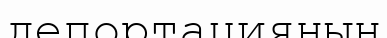
депортацияның